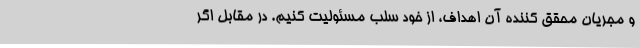
و مجریان محقق کننده آن اهداف، از خود سلب مسئولیت کنیم. در مقابل اگر